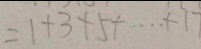
= 1 + 3 + 5 + \cdots + 1 7